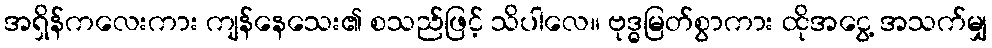
အရှိန်ကလေးကား ကျန်နေသေး၏ စသည်ဖြင့် သိပါလေ။ ဗုဒ္ဓမြတ်စွာကား ထိုအငွေ့ အသက်မျှ